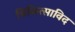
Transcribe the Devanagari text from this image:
चिकित्साविद